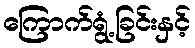
ကြောက်ရွံ့ခြင်းနှင့်